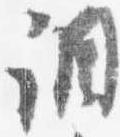
調